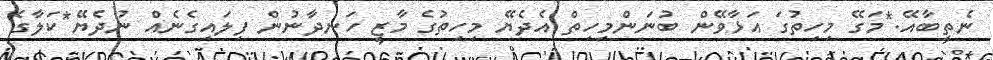
ނެތީބާއޭ.*މަގޭ މިހިތުގަ އަޅާވޭން ބުނަންމިހިތް އެދެޔޭ މިހިތުގެ މާޒީ ހަނދާނުން ފިލައިގެނެއް ނުދެޔޭ*ކަލާގެ